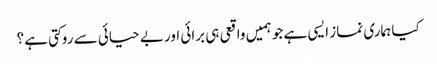
کیا ہماری نماز ایسی ہے جو ہمیں واقعی ہی برائی اور بے حیائی سے روکتی ہے؟